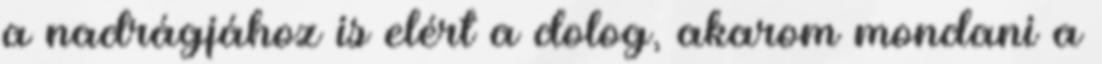
a nadrágjához is elért a dolog, akarom mondani a